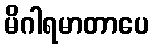
မိဂါရမာတာပေ